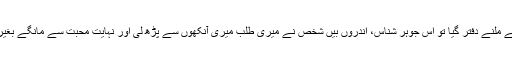
آخر ایک دن جب میں ان سے ملنے دفتر گیا تو اس جوہر شناس، اندروں بیں شخص نے میری طلب میری آنکھوں سے پڑھ لی اور نہایت محبت سے مانگے بغیر کتاب مجھے پیش کر دی۔